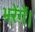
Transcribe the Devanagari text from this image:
भरेंगें।